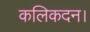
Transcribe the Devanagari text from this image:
कलिकदन।